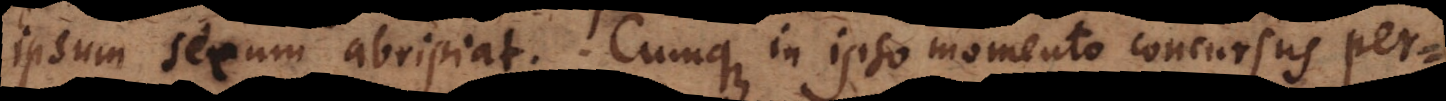
ipsum secum abripiat. Cumque in ipso momento concursus per